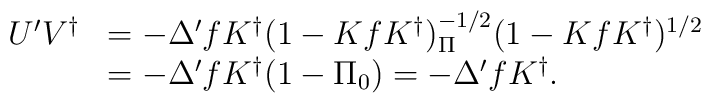
\begin{array}{rl}U'V^\dag&=-\Delta'f K^\dag(1-K f K^\dag)^{-1/2}_\Pi(1-K fK^\dag)^{1/2}\\&=-\Delta'f K^\dag(1-\Pi_0)=-\Delta'f K^\dag.\end{array}